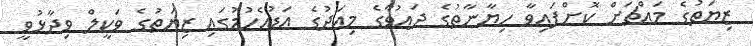
ޒިޔަތުގެ މައްޗަށް ކޮށްފައިވާ ހިޔާނާތުގެ ދައުވާގެ މިއަދުގެ އަޑުއެހުމުގައި ޒިޔަތުގެ ވަކީލް ވިދާޅުވީ